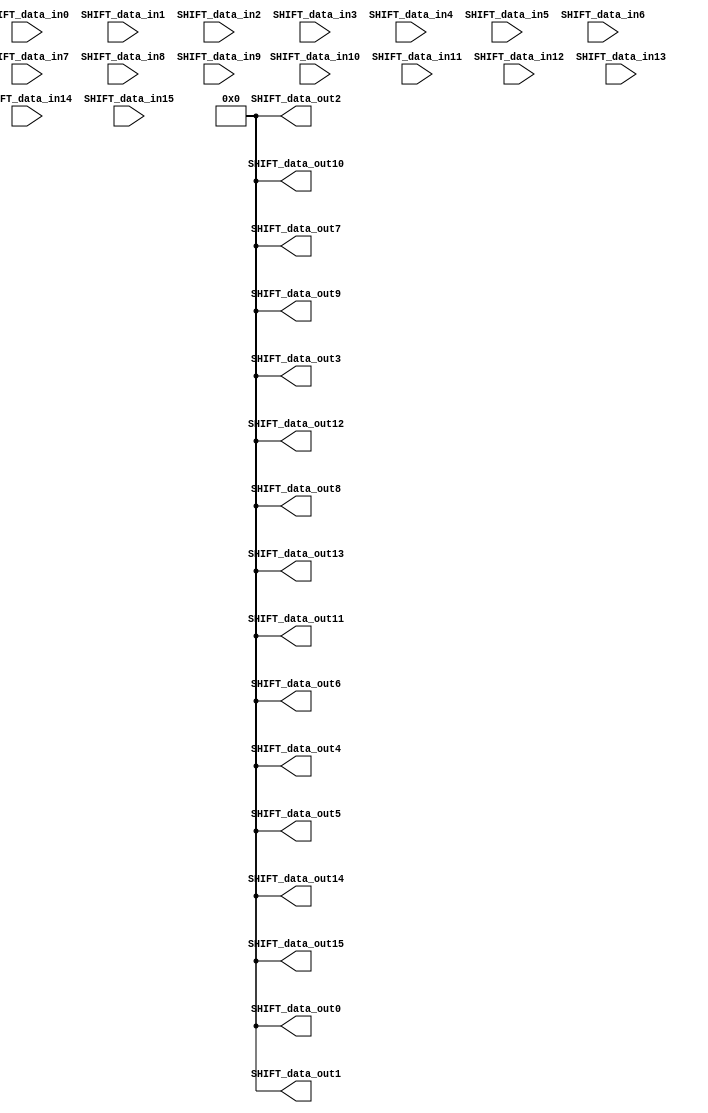
/* Machine-generated using Migen */
module ShiftRows(
	input [7:0] SHIFT_data_in0,
	input [7:0] SHIFT_data_in1,
	input [7:0] SHIFT_data_in2,
	input [7:0] SHIFT_data_in3,
	input [7:0] SHIFT_data_in4,
	input [7:0] SHIFT_data_in5,
	input [7:0] SHIFT_data_in6,
	input [7:0] SHIFT_data_in7,
	input [7:0] SHIFT_data_in8,
	input [7:0] SHIFT_data_in9,
	input [7:0] SHIFT_data_in10,
	input [7:0] SHIFT_data_in11,
	input [7:0] SHIFT_data_in12,
	input [7:0] SHIFT_data_in13,
	input [7:0] SHIFT_data_in14,
	input [7:0] SHIFT_data_in15,
	output reg [7:0] SHIFT_data_out0,
	output reg [7:0] SHIFT_data_out1,
	output reg [7:0] SHIFT_data_out2,
	output reg [7:0] SHIFT_data_out3,
	output reg [7:0] SHIFT_data_out4,
	output reg [7:0] SHIFT_data_out5,
	output reg [7:0] SHIFT_data_out6,
	output reg [7:0] SHIFT_data_out7,
	output reg [7:0] SHIFT_data_out8,
	output reg [7:0] SHIFT_data_out9,
	output reg [7:0] SHIFT_data_out10,
	output reg [7:0] SHIFT_data_out11,
	output reg [7:0] SHIFT_data_out12,
	output reg [7:0] SHIFT_data_out13,
	output reg [7:0] SHIFT_data_out14,
	output reg [7:0] SHIFT_data_out15
);

reg SHIFT_valid_data_in = 1'd0;
wire SHIFT_valid_data_out;
reg [7:0] statem0 = 1'd0;
reg [7:0] statem1 = 1'd0;
reg [7:0] statem2 = 1'd0;
reg [7:0] statem3 = 1'd0;
reg [7:0] statem4 = 1'd0;
reg [7:0] statem5 = 1'd0;
reg [7:0] statem6 = 1'd0;
reg [7:0] statem7 = 1'd0;
reg [7:0] statem8 = 1'd0;
reg [7:0] statem9 = 1'd0;
reg [7:0] statem10 = 1'd0;
reg [7:0] statem11 = 1'd0;
reg [7:0] statem12 = 1'd0;
reg [7:0] statem13 = 1'd0;
reg [7:0] statem14 = 1'd0;
reg [7:0] statem15 = 1'd0;

// synthesis translate_off
reg dummy_s;
initial dummy_s <= 1'd0;
// synthesis translate_on

// synthesis translate_off
reg dummy_d;
// synthesis translate_on
always @(*) begin
	statem0 <= 1'd0;
	statem1 <= 1'd0;
	statem2 <= 1'd0;
	statem3 <= 1'd0;
	statem4 <= 1'd0;
	statem5 <= 1'd0;
	statem6 <= 1'd0;
	statem7 <= 1'd0;
	statem8 <= 1'd0;
	statem9 <= 1'd0;
	statem10 <= 1'd0;
	statem11 <= 1'd0;
	statem12 <= 1'd0;
	statem13 <= 1'd0;
	statem14 <= 1'd0;
	statem15 <= 1'd0;
	if (SHIFT_valid_data_in) begin
		statem0 <= SHIFT_data_in0;
		statem1 <= SHIFT_data_in4;
		statem2 <= SHIFT_data_in8;
		statem3 <= SHIFT_data_in12;
		statem4 <= SHIFT_data_in1;
		statem5 <= SHIFT_data_in5;
		statem6 <= SHIFT_data_in9;
		statem7 <= SHIFT_data_in13;
		statem8 <= SHIFT_data_in2;
		statem9 <= SHIFT_data_in6;
		statem10 <= SHIFT_data_in10;
		statem11 <= SHIFT_data_in14;
		statem12 <= SHIFT_data_in3;
		statem13 <= SHIFT_data_in7;
		statem14 <= SHIFT_data_in11;
		statem15 <= SHIFT_data_in15;
	end
// synthesis translate_off
	dummy_d <= dummy_s;
// synthesis translate_on
end

// synthesis translate_off
reg dummy_d_1;
// synthesis translate_on
always @(*) begin
	SHIFT_data_out13 <= 1'd0;
	SHIFT_data_out14 <= 1'd0;
	SHIFT_data_out15 <= 1'd0;
	SHIFT_data_out0 <= 1'd0;
	SHIFT_data_out1 <= 1'd0;
	SHIFT_data_out2 <= 1'd0;
	SHIFT_data_out3 <= 1'd0;
	SHIFT_data_out4 <= 1'd0;
	SHIFT_data_out5 <= 1'd0;
	SHIFT_data_out6 <= 1'd0;
	SHIFT_data_out7 <= 1'd0;
	SHIFT_data_out8 <= 1'd0;
	SHIFT_data_out9 <= 1'd0;
	SHIFT_data_out10 <= 1'd0;
	SHIFT_data_out11 <= 1'd0;
	SHIFT_data_out12 <= 1'd0;
	if ((SHIFT_valid_data_in == 1'd1)) begin
		SHIFT_data_out0 <= statem0;
		SHIFT_data_out1 <= statem1;
		SHIFT_data_out2 <= statem2;
		SHIFT_data_out3 <= statem3;
		SHIFT_data_out4 <= statem5;
		SHIFT_data_out5 <= statem6;
		SHIFT_data_out6 <= statem7;
		SHIFT_data_out7 <= statem4;
		SHIFT_data_out8 <= statem10;
		SHIFT_data_out9 <= statem11;
		SHIFT_data_out10 <= statem8;
		SHIFT_data_out11 <= statem9;
		SHIFT_data_out12 <= statem15;
		SHIFT_data_out13 <= statem12;
		SHIFT_data_out14 <= statem13;
		SHIFT_data_out15 <= statem14;
	end
// synthesis translate_off
	dummy_d_1 <= dummy_s;
// synthesis translate_on
end
assign SHIFT_valid_data_out = 1'd1;

endmodule